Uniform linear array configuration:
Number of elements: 8
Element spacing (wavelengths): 0.75
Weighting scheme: kaiser
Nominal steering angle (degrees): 15
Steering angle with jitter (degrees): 13.799
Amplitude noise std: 0.05
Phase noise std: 0.05

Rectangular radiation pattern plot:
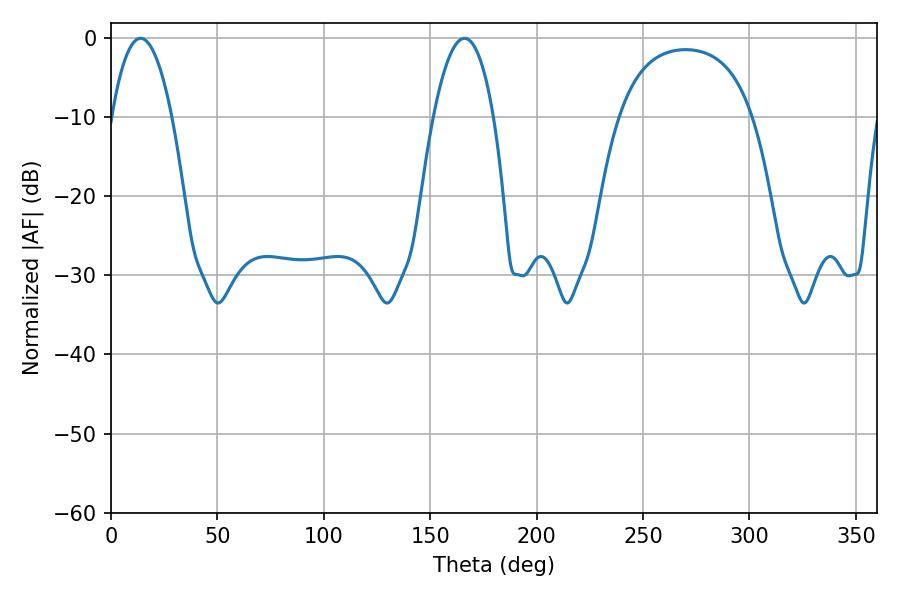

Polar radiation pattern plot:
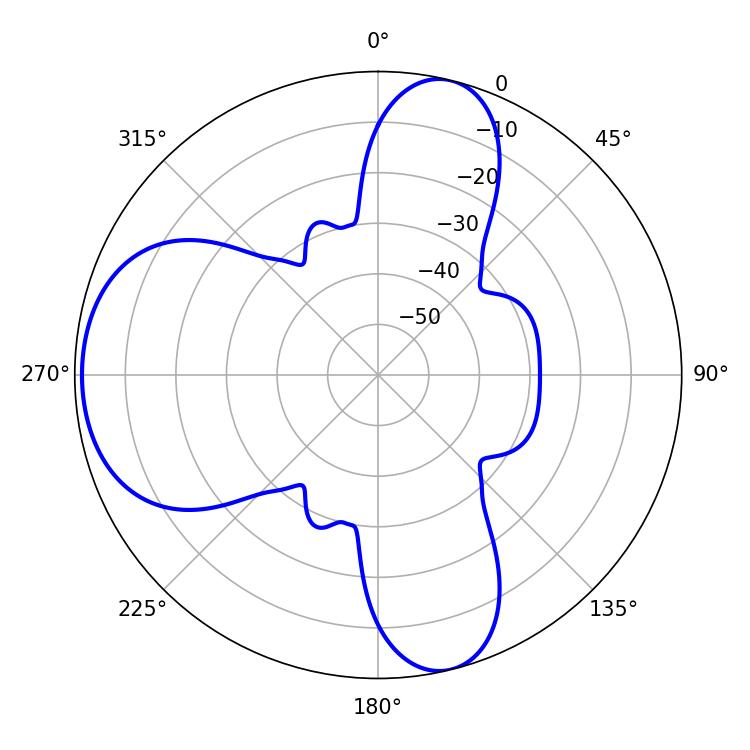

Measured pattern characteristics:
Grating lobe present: TRUE
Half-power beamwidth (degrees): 15.66
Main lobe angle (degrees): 13.86